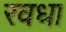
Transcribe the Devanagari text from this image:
रवधा